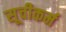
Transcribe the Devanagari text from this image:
सूचीकर्म